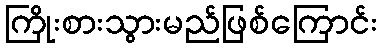
ကြိုးစားသွားမည်ဖြစ်ကြောင်း